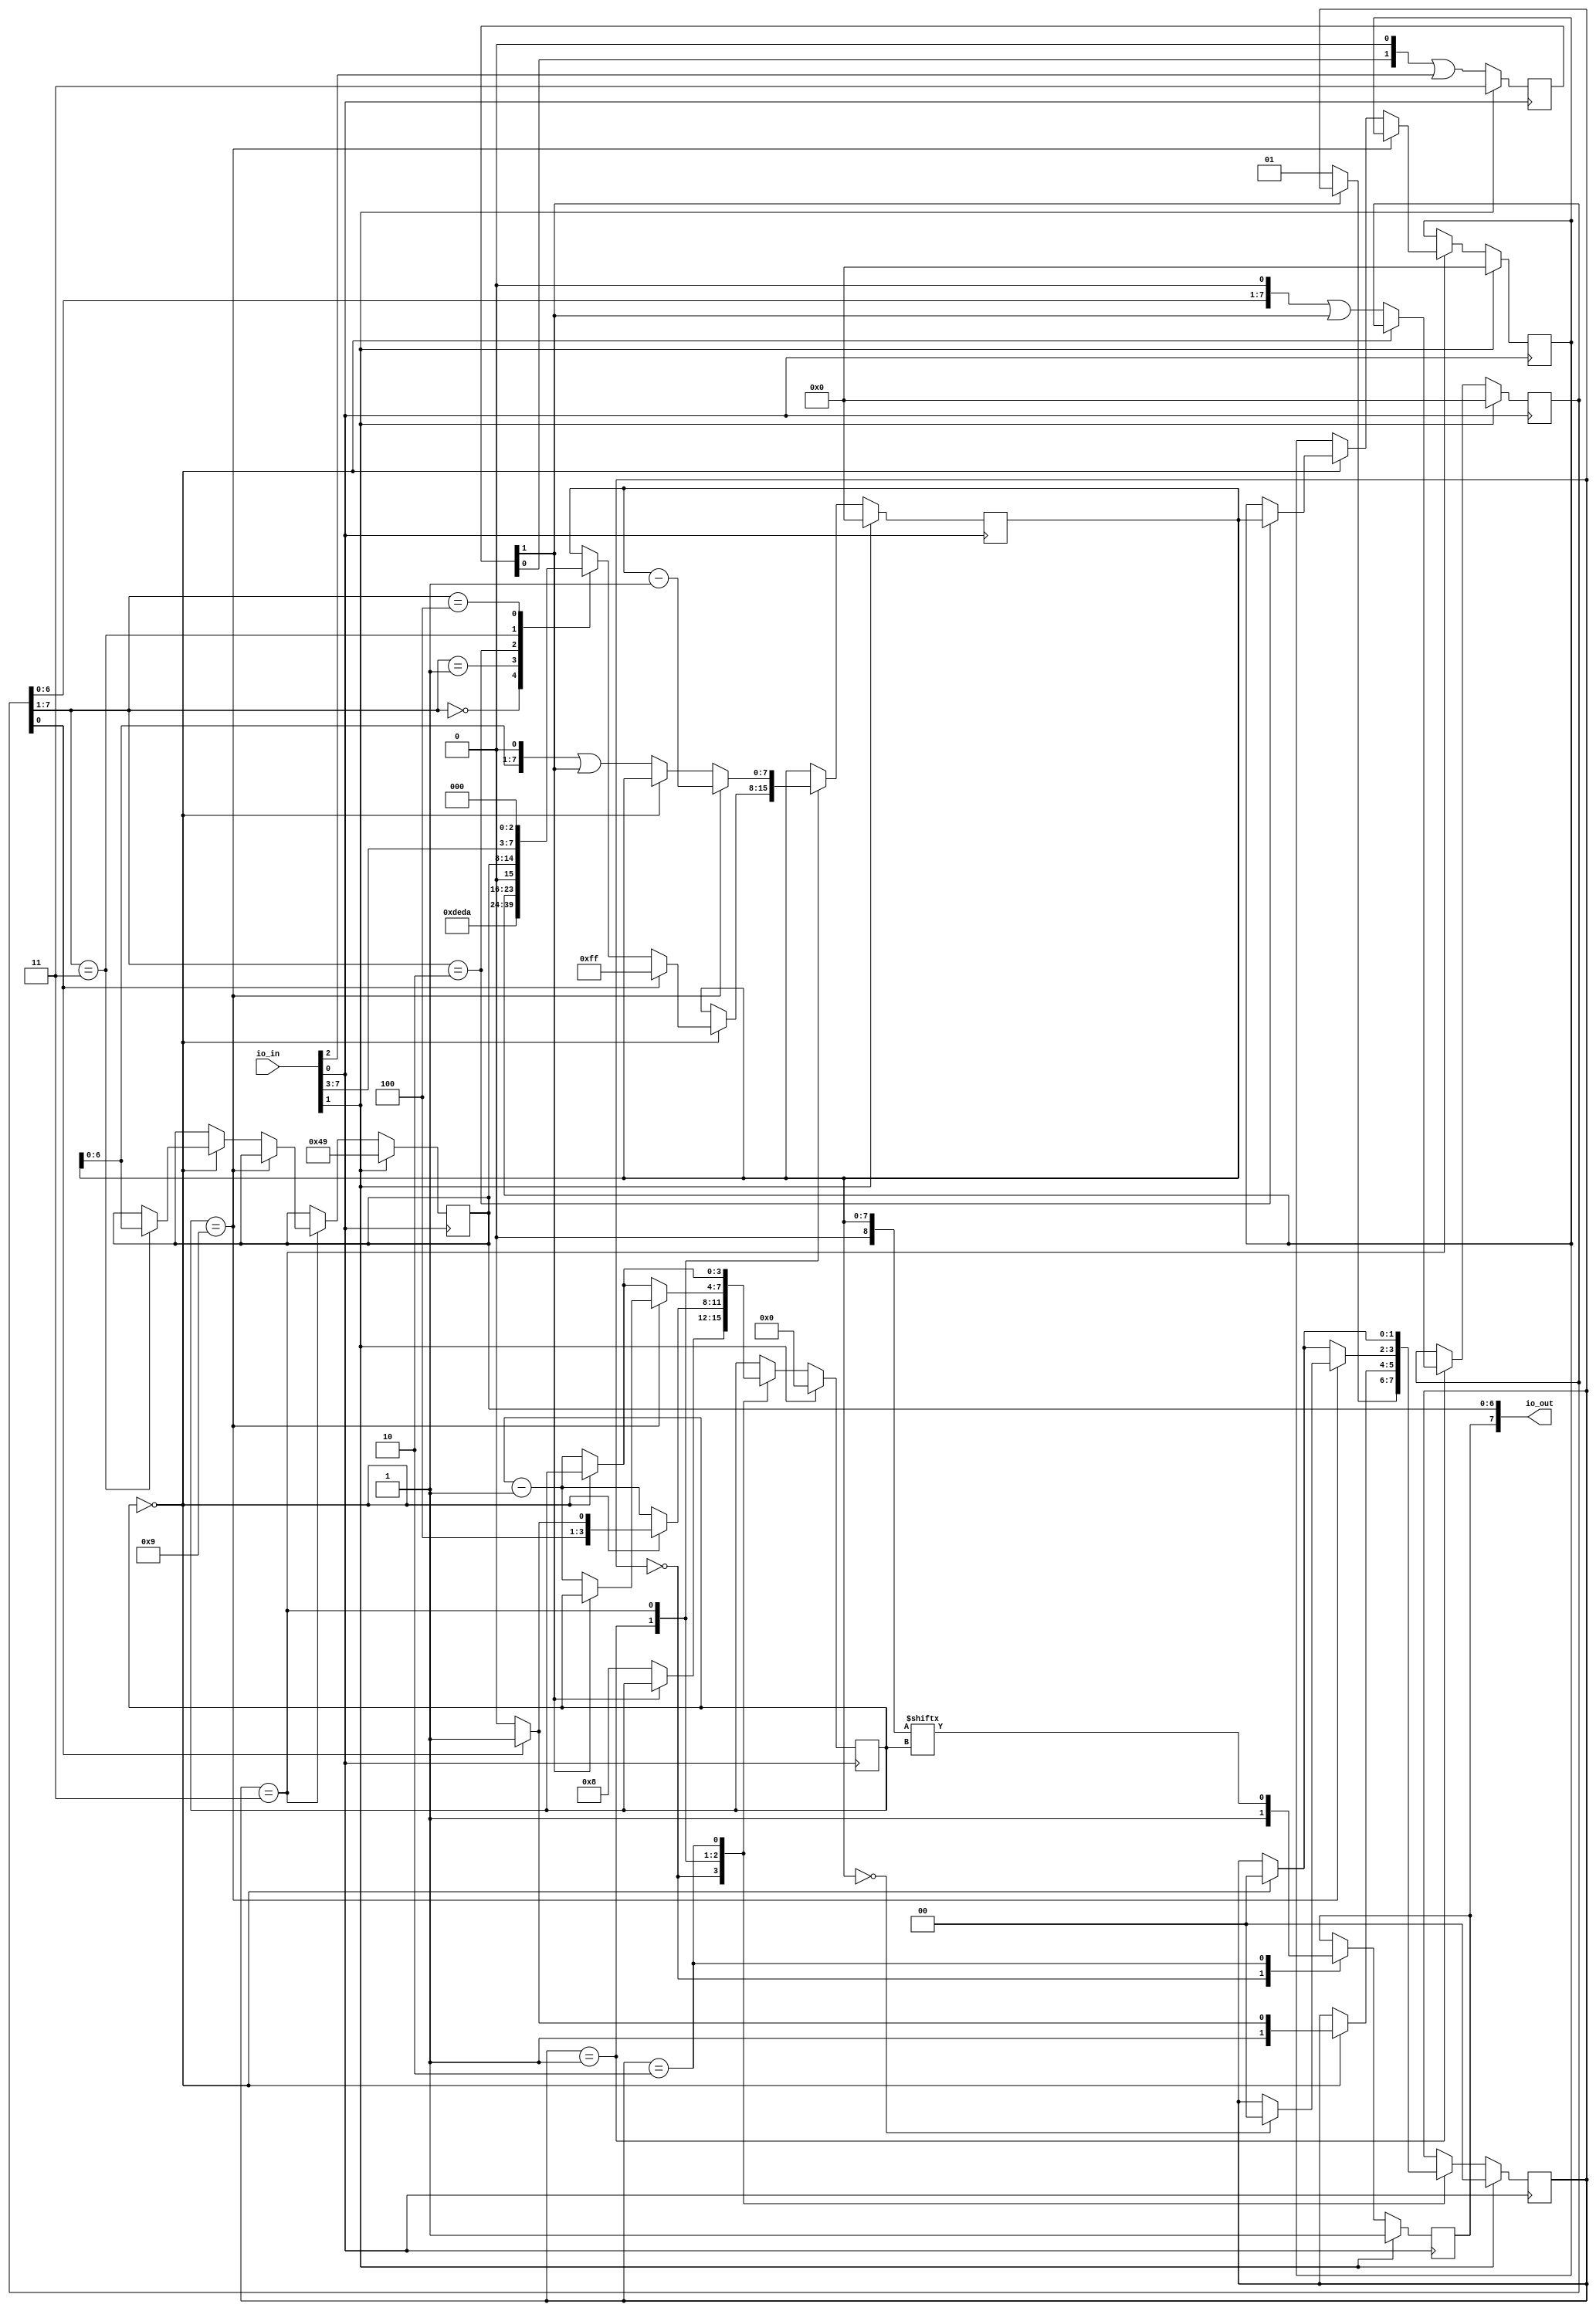
`default_nettype none

module zl_uart (
  input wire [7:0] io_in,
  output wire [7:0] io_out
);

	parameter	[15:0]	C_SIGNATURE = 16'hDEDA;

    wire clk = io_in[0];
    wire reset = io_in[1];
	wire rx = io_in[2];			// rx pin
	reg  tx;					// tx pin
   	assign io_out[7] = tx;

    reg [6:0] led_out;
    assign io_out[6:0] = led_out;


	wire [8:0] txbuf;
	reg [7:0] addr;					// Rectived address
	reg [7:0] obuffer;				// Output buffer	
	reg [1:0] state;				// UART state machine
	reg [3:0] cnt;					// Bit counter
	reg [1:0] uart_d;
	reg [7:0] reg1;					// Internal memory

	assign txbuf = { 1'b0, obuffer};//Output buffer with start bit
`define S_Idle   2'h0
`define S_Addr	 2'h1
`define S_RData	 2'h2
`define S_WData	 2'h3


    always @(posedge clk) begin
        // if reset, set counter to 0
        if (reset) begin
            tx <= 1;
            addr <= 8'h0;
			obuffer <= 8'h0;
			state <= `S_Idle;
			cnt <= 0;
			uart_d <= 2'b11;
			reg1 <= 0;
			led_out <= 7'b1001001;
        end else begin
			uart_d <= (uart_d<<1) | rx;
			case (state)
				`S_Idle:
				begin
					tx<=1'b1;
					if(uart_d[1] == 0)  begin //Start bit
						state<= `S_Addr;
						cnt<=4'd8;
					end
				end
				`S_Addr:
				begin
					if(cnt==4'h0) begin
						if(addr[0]) begin
							state<=`S_WData;
							cnt<=4'd9;
							obuffer<=8'hFF;
						end else begin
							state<=`S_RData;
							cnt<=4'd8;
							case (addr[7:1])
								7'd0:
									obuffer <= C_SIGNATURE[15:8];
								7'd1:
									obuffer <= C_SIGNATURE[7:0];
								7'd2:
									obuffer <= reg1;
								7'd3:
									obuffer <= {1'b0, led_out};
								7'd4:
									obuffer <= {io_in[7:3], 3'd0};
								default:;
							endcase
						end
					end else begin
						cnt<=cnt-1;
						addr<=(addr<<1)|uart_d[1];
					end
				end
				`S_WData:
				begin
					if(cnt==4'd9) begin
						if(~uart_d[1])							// Wait for start bit
							cnt<=cnt-1;
						obuffer<=obuffer - 1;
						if(obuffer == 8'd0)						// Fall to Idle if timeout accure
							state<=`S_Idle;				
					end else
						if(cnt==4'h0) begin
							state<=`S_Idle;
							case (addr[7:1])
								7'd2:
									reg1<= obuffer;
								7'd3:
									led_out <= obuffer[6:0];
								default:;
							endcase
						end else begin
							cnt<=cnt-1;
							obuffer<=(obuffer<<1)|uart_d[1];
						end
				end
				`S_RData:
				begin
					tx <= txbuf[cnt];
					if(cnt==4'h0) begin
						state<=`S_Idle;
					end else begin
						cnt<=cnt-1;
						tx <= txbuf[cnt];
					end
				end
			endcase
        end
    end

endmodule